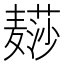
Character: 𱋨